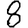
Digit: 8